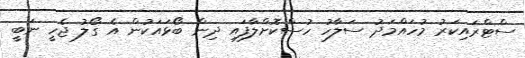
ސްޓްރައިކަރު މުހައްމަދު ސަލާހު ހުސްކޮށްލާފައި ދިން ބޯޅައަކުން އެ ގޯލު ޖެހީ ނަބީ